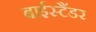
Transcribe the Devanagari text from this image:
बाईस्टैंडर